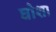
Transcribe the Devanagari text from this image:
घोशा